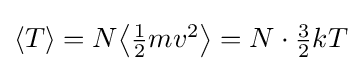
{\textstyle \langle T\rangle =N{\big \langle }{\frac {1}{2}}mv^{2}{\big \rangle }=N\cdot {\frac {3}{2}}kT}